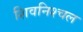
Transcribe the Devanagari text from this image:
शिवनिश्चल